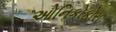
ઓનિકોફોરા